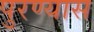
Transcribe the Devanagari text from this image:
पुरण्यास